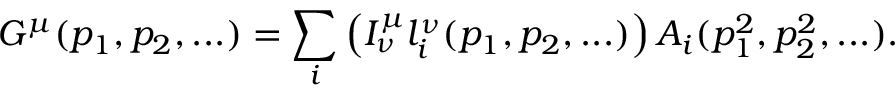
G ^ { \mu } ( p _ { 1 } , p _ { 2 } , . . . ) = \sum _ { i } \left( I _ { \nu } ^ { \mu } l _ { i } ^ { \nu } ( p _ { 1 } , p _ { 2 } , . . . ) \right) A _ { i } ( p _ { 1 } ^ { 2 } , p _ { 2 } ^ { 2 } , . . . ) .